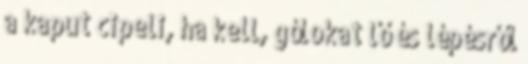
a kaput cipeli, ha kell, gólokat lő és lépésről